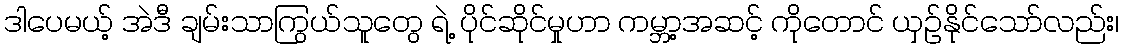
ဒါပေမယ့် အဲဒီ ချမ်းသာကြွယ်သူတွေ ရဲ့ ပိုင်ဆိုင်မှုဟာ ကမ္ဘာ့အဆင့် ကိုတောင် ယှဉ်နိုင်သော်လည်း၊